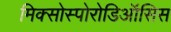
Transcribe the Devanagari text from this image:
मिक्सोस्पोरोडिऑसिस